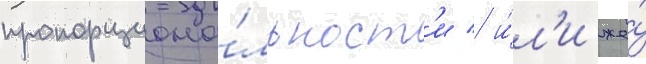
пропорциона́льност'и / и́л'и же́